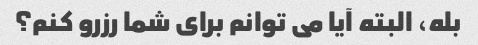
بله، البته آیا می توانم برای شما رزرو کنم؟